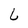
Character: L